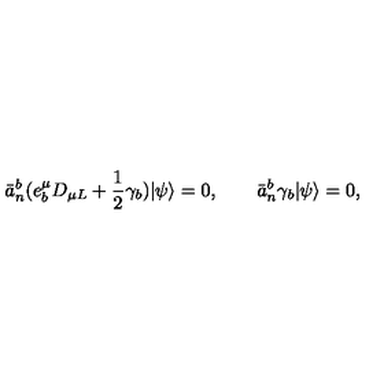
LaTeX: \bar { a } _ { n } ^ { b } ( e _ { b } ^ { \mu } D _ { \mu L } + \frac { 1 } { 2 } \gamma _ { b } ) | \psi \rangle = 0 , \qquad \bar { a } _ { n } ^ { b } \gamma _ { b } | \psi \rangle = 0 ,